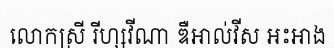
លោកស្រី រីហ្សវីណា ឌឺអាល់វីស អះអាង